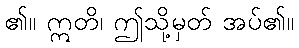
၏။ ဣတိ၊ ဤသို့မှတ် အပ်၏။